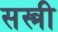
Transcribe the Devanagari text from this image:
सस्त्री